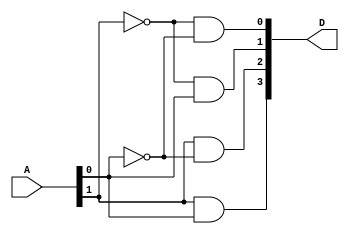
module decoder_2x4(input[1:0] A,output[3:0] D);

    assign D[0] = ~A[1] & ~A[0];
    assign D[1] = ~A[1] & A[0];
    assign D[2] = A[1] & ~A[0];
    assign D[3] = A[1] & A[0];
    
endmodule